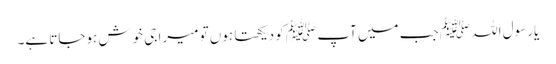
یارسول اللہ ﷺ جب میں آپ ﷺ کو دیکھتا ہوں تو میرا جی خوش ہوجاتا ہے۔